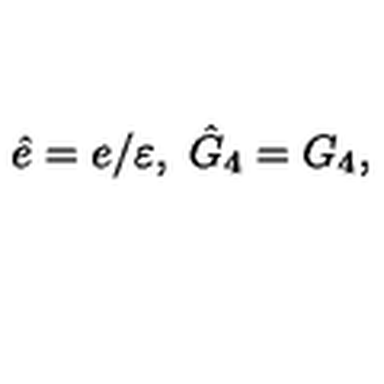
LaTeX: \hat { e } = e / \varepsilon , \ \hat { G } _ { 4 } = G _ { 4 } ,